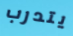
يتدرب